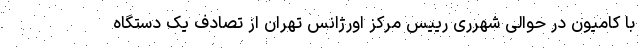
با کامیون در حوالی شهرری رییس مرکز اورژانس تهران از تصادف یک دستگاه